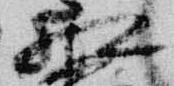
相